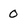
Character: 0